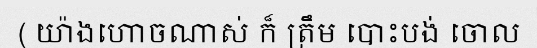
( យ៉ាងហោចណាស់ ក៏ ត្រឹម បោះបង់ ចោល